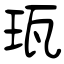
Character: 珁